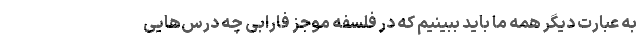
به عبارت دیگر همه ما باید ببینیم که در فلسفه موجز فارابی چه درس‌هایی